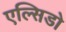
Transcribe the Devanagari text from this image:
एल्सिडो